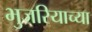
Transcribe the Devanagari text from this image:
भुजरियाच्या